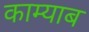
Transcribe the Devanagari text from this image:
काम्याब